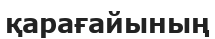
қарағайының